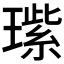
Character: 𬎏